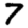
Digit: 7